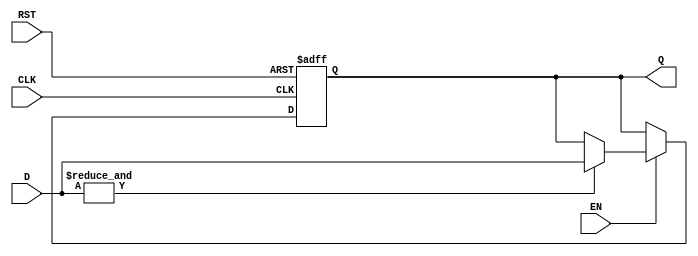
module BarrierRegister #(
    parameter N = 4 // Number of data inputs (D1, D2, ..., Dn)
)(
    input wire [N-1:0] D,  // Data inputs
    input wire EN,         // Enable signal
    input wire CLK,        // Clock signal
    input wire RST,        // Reset signal
    output reg [N-1:0] Q   // Output
);

    // Asynchronous reset
    always @(posedge CLK or posedge RST) begin
        if (RST) begin
            Q <= {N{1'b0}};  // Set output to zero on reset
        end else if (EN) begin
            // Check if all inputs are valid (not zero)
            if (&D) begin  // Uses a bitwise AND to check if all inputs are valid
                Q <= D;    // Capture current data inputs if valid
            end
            // If not all inputs are valid, Q retains its previous value
        end
    end

endmodule